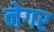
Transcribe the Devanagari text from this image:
नेगर